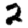
Digit: 2